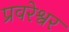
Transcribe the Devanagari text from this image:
प्रवरेश्वर